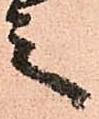
言